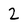
Character: 2